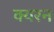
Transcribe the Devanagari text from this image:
क्यरन